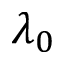
\lambda _ { 0 }